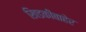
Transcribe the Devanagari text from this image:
खिडकीबाहेर